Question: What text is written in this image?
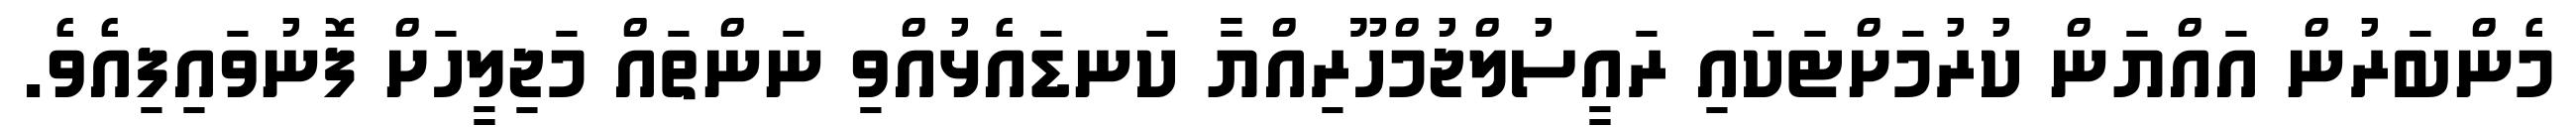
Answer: މެންބަރުން އައްޔަން ކުރުމަށްޓަކައި ރައީސުލްޖުމްހޫރިއްޔާ ކަނޑައެޅުއްވި ނަންތައް މަޖިލީހަށް ފޮނުވައިފިއެވެ.